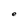
Character: e